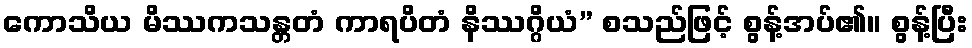
ကောသိယ မိဿကသန္တတံ ကာရပိတံ နိဿဂ္ဂိယံ” စသည်ဖြင့် စွန့်အပ်၏။ စွန့်ပြီး